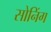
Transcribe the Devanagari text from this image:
सोनिंग